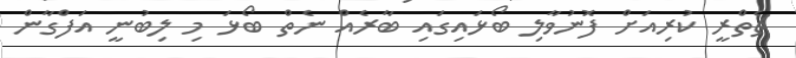
ޗެތްރީ ކުރިއަށް ފޮނުވާލި ބޯޅައިގައި ބާރެއް ނެތް ބޯޅަ މި ލިބުނީ އަފްގާން